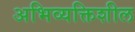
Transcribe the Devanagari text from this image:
अभिव्यक्तिशील